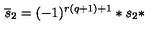
\overline { { s } } _ { 2 } = ( - 1 ) ^ { r ( q + 1 ) + 1 } * s _ { 2 } *